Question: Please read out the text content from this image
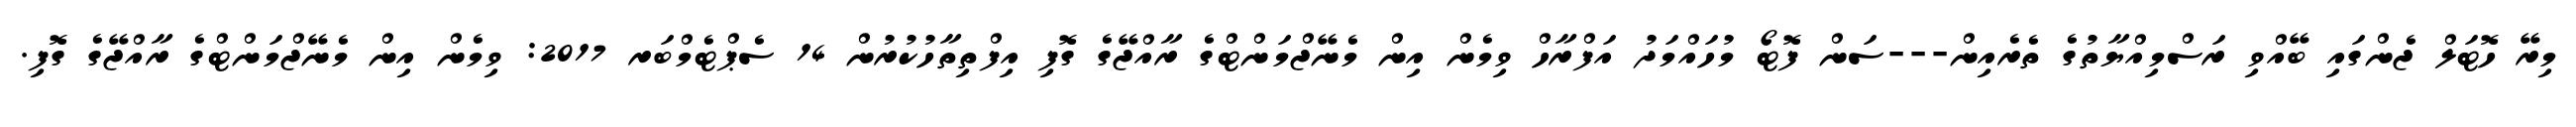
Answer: މިރޭ ހޮޓަލް ޖެންގައި ބޭއްވި ރަސްމިއްޔާތުގެ ތެރެއިން---ސަން ފޮޓޯ މުހައްމަދު އަފްރާހް ވިމެން އިން މެނޭޖްމަންޓްގެ ރާއްޖޭގެ ގޮފި އިފްތިތާހުކުރުން 14 ސެޕްޓެމްބަރ 2017: ވިމެން އިން މެނޭޖްމަންޓްގެ ރާއްޖޭގެ ގޮފި.